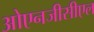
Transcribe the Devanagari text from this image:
ओएनजीसीएल